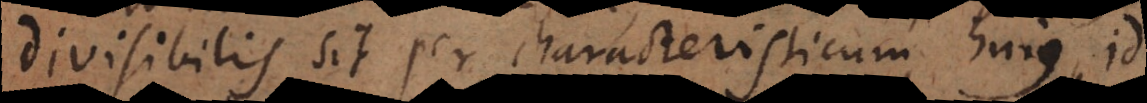
divisibilis sit per characteristicum hujus, id